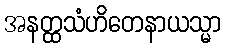
အနတ္ထသံဟိတေနာယသ္မာ